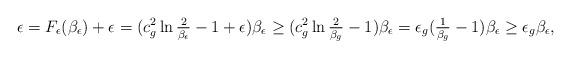
LaTeX: \begin{align*}\epsilon=F_\epsilon(\beta_\epsilon)+\epsilon=(c_g^2\ln\tfrac{2}{\beta_\epsilon}-1+\epsilon)\beta_\epsilon \ge (c_g^2\ln\tfrac{2}{\beta_g}-1)\beta_\epsilon=\epsilon_g(\tfrac{1}{\beta_g}-1) \beta_\epsilon \ge \epsilon_g \beta_\epsilon,\end{align*}